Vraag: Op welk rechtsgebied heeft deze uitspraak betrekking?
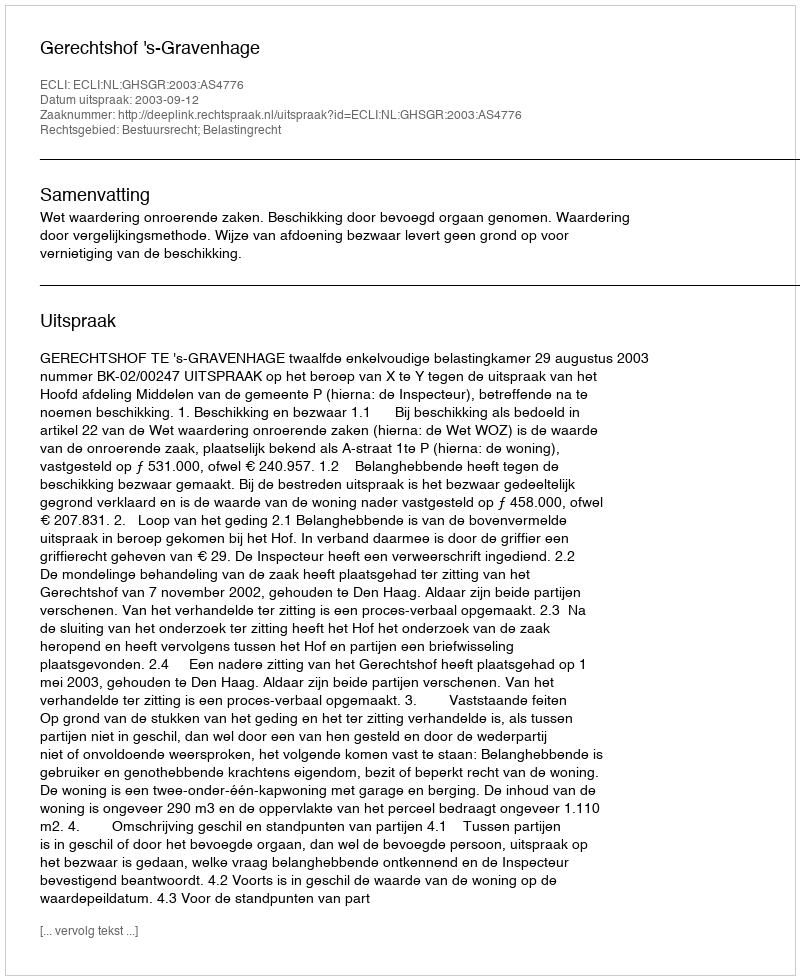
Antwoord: Bestuursrecht; Belastingrecht